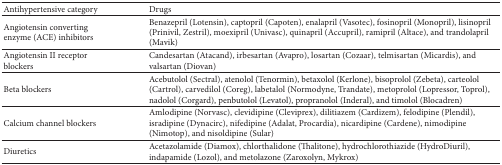
<table><thead><tr><td><b>Antihypertensive category</b></td><td><b>Drugs</b></td></tr></thead><tbody><tr><td>Angiotensin converting enzyme (ACE) inhibitors</td><td>Benazepril (Lotensin), captopril (Capoten), enalapril (Vasotec), fosinopril (Monopril), lisinopril (Prinivil, Zestril), moexipril (Univasc), quinapril (Accupril), ramipril (Altace), and trandolapril (Mavik)</td></tr><tr><td>Angiotensin II receptor blockers</td><td>Candesartan (Atacand), irbesartan (Avapro), losartan (Cozaar), telmisartan (Micardis), and valsartan (Diovan)</td></tr><tr><td>Beta blockers</td><td>Acebutolol (Sectral), atenolol (Tenormin), betaxolol (Kerlone), bisoprolol (Zebeta), carteolol (Cartrol), carvedilol (Coreg), labetalol (Normodyne, Trandate), metoprolol (Lopressor, Toprol), nadolol (Corgard), penbutolol (Levatol), propranolol (Inderal), and timolol (Blocadren)</td></tr><tr><td>Calcium channel blockers</td><td>Amlodipine (Norvasc), clevidipine (Cleviprex), dilitiazem (Cardizem), felodipine (Plendil), isradipine (Dynacirc), nifedipine (Adalat, Procardia), nicardipine (Cardene), nimodipine (Nimotop), and nisoldipine (Sular)</td></tr><tr><td>Diuretics</td><td>Acetazolamide (Diamox), chlorthalidone (Thalitone), hydrochlorothiazide (HydroDiuril), indapamide (Lozol), and metolazone (Zaroxolyn, Mykrox)</td></tr></tbody></table>